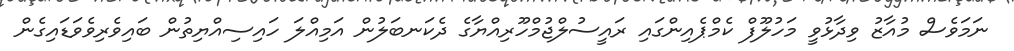
ނަމަވެސް މުއާޒު ވިދާޅުވީ މަހުލޫފް ކެމްޕެއިންގައި ރައީސުލްޖުމްހޫރިއްޔާގެ ދެކަނބަލުން އަމިއްލަ ހައިސިއްޔިތުން ބައިވެރިވެވަޑައިގެން